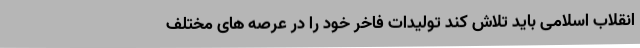
انقلاب اسلامی باید تلاش کند تولیدات فاخر خود را در عرصه های مختلف